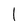
Character: 1